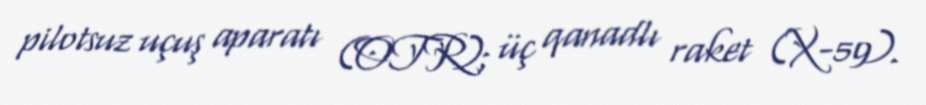
pilotsuz uçuş aparatı (OTR); üç qanadlı raket (X-59).